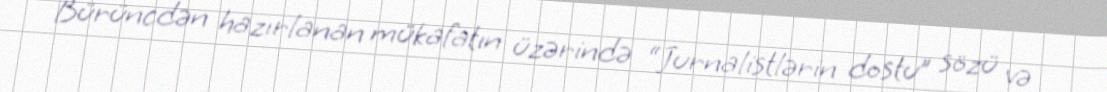
Bürüncdən hazırlanan mükafatın üzərində “Jurnalistlərin dostu” sözü və